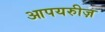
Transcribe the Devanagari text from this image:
आपयरुीज़